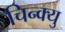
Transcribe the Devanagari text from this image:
चिन्क्यु